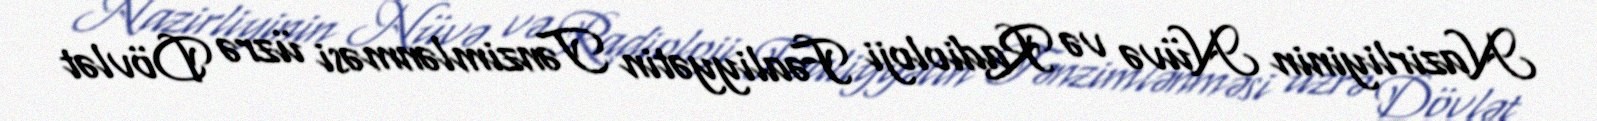
Nazirliyinin Nüvə və Radioloji Fəaliyyətin Tənzimlənməsi üzrə Dövlət